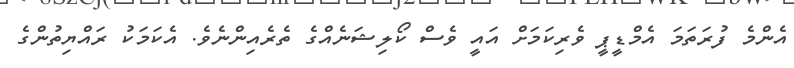
އެންމެ ފުރަތަމަ އެމްޑީޕީ ވެރިކަމަށް އައީ ވެސް ކޯލިޝަނެއްގެ ތެރެއިންނެވެ. އެކަމަކު ރައްޔިތުންގެ